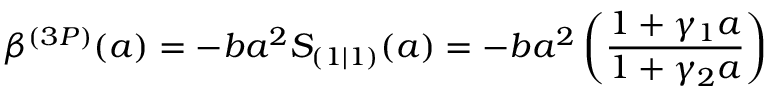
\beta ^ { ( 3 P ) } ( a ) = - b a ^ { 2 } S _ { ( 1 | 1 ) } ( a ) = - b a ^ { 2 } \left( \frac { 1 + \gamma _ { 1 } a } { 1 + \gamma _ { 2 } a } \right)